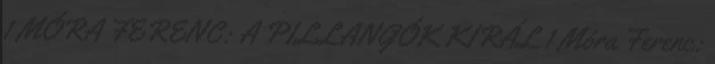
1 MÓRA FERENC: A PILLANGÓK KIRÁL 1 Móra Ferenc: